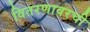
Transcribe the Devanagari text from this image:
वितरणावरची